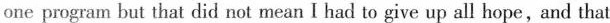
one program but that did not mean I had to give up all hope, and that